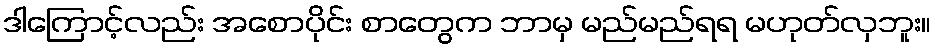
ဒါကြောင့်လည်း အစောပိုင်း စာတွေက ဘာမှ မည်မည်ရရ မဟုတ်လှဘူး။